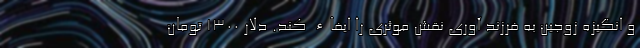
و انگیزه زوجین به فرزند آوری نقش موثری را ایفاء کند. دلار ۱۳۰۰ تومان